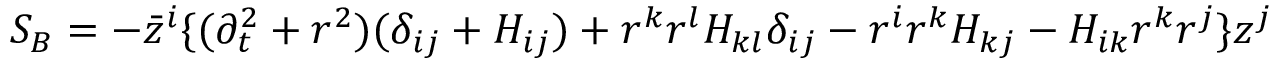
S _ { B } = - \bar { z } ^ { i } \{ ( \partial _ { t } ^ { 2 } + r ^ { 2 } ) ( \delta _ { i j } + H _ { i j } ) + r ^ { k } r ^ { l } H _ { k l } \delta _ { i j } - r ^ { i } r ^ { k } H _ { k j } - H _ { i k } r ^ { k } r ^ { j } \} z ^ { j }